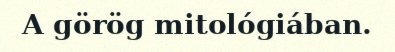
A görög mitológiában.